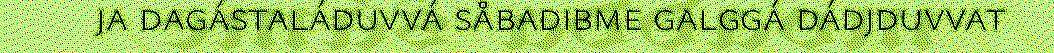
ja dagástaláduvvá såbadibme galggá dádjduvvat